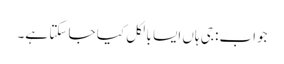
جواب: جی ہاں ایسا بالکل کیا جا سکتا ہے۔